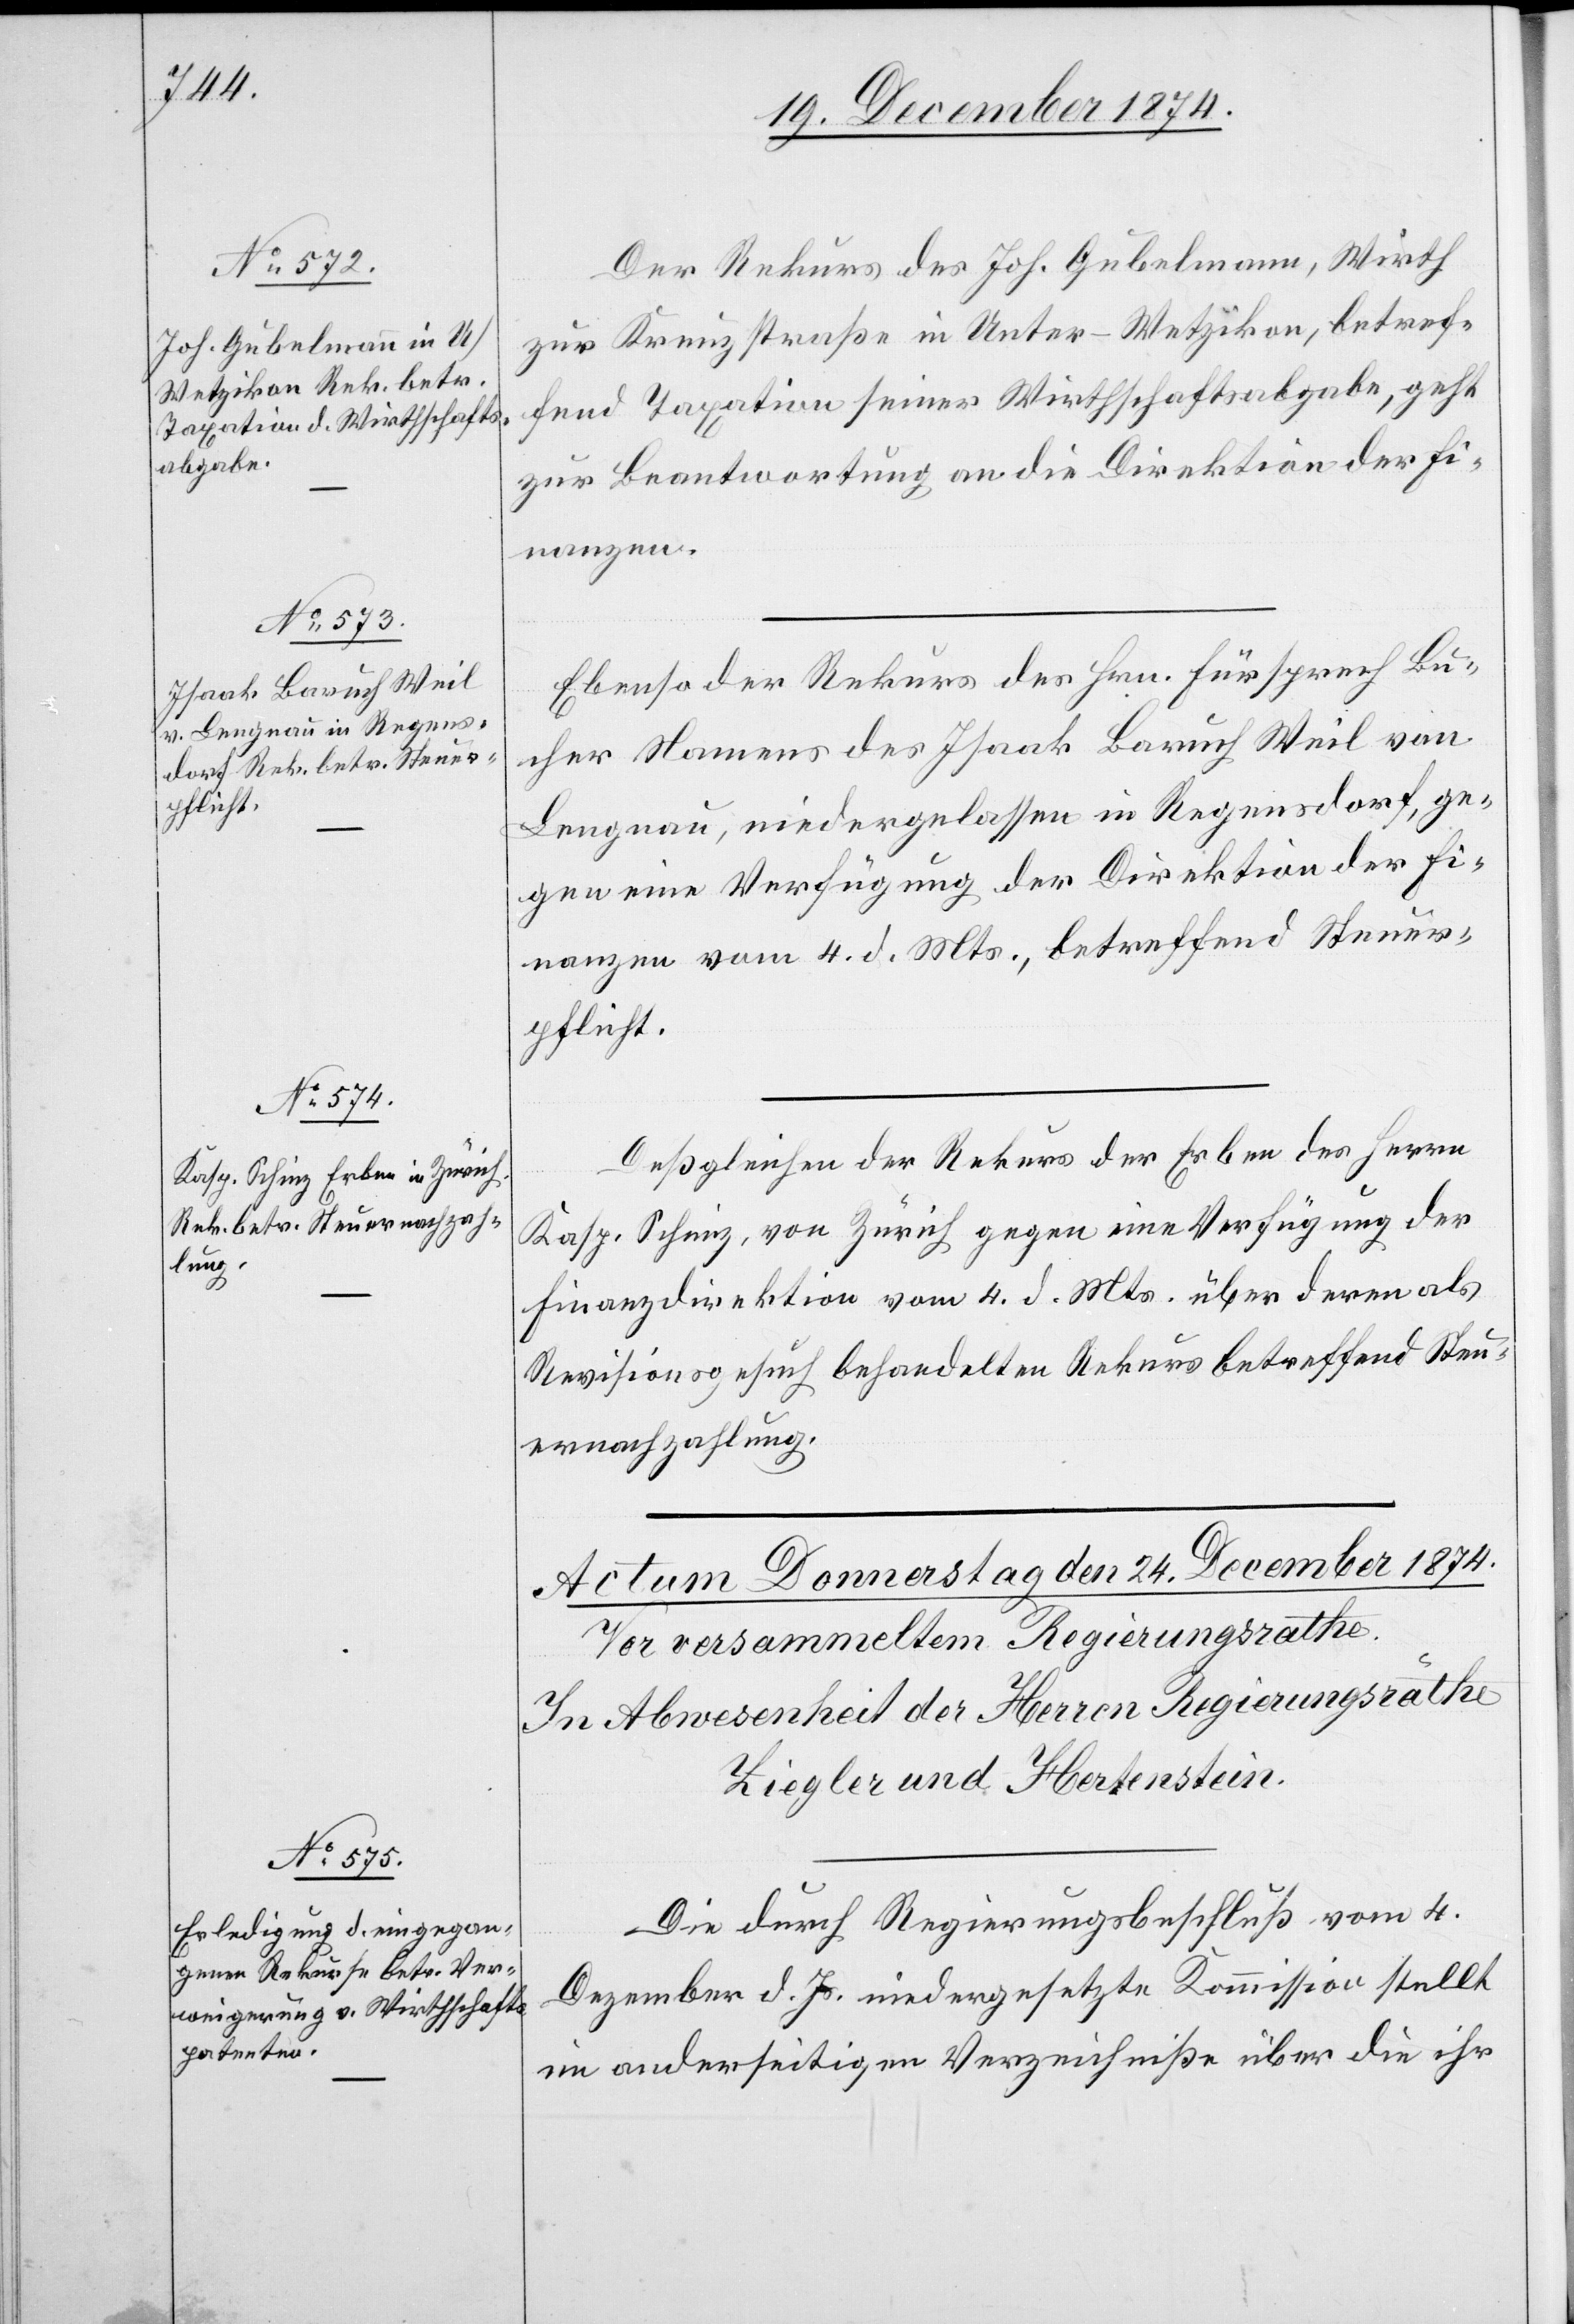
23. December 1874.]
Der Rekurs des Joh. Gubelmann, Wirth
zur Kreuzstraße in Unter-Wetzikon, betref¬
fend Taxation seiner Wirthschaftsabgabe, geht
zur Beantwortung an die Direktion der Fi¬
nanzen.
Ebenso der Rekurs des Hrn. Fürsprech Bü¬
cher Namens des Isaak Baruch Weil von
Lengnau, niedergelassen in Regensdorf, ge¬
gen eine Verfügung der Direktion der Fi¬
nanzen vom 4. d. Mts., betreffend Steuer¬
pflicht.
Deßgleichen der Rekurs der Erben des Herrn
Kasp. Schinz, von Zürich gegen eine Verfügung der
Finanzdirektion vom 4. d. Mts. über deren als
Revisionsgesuch behandelten Rekurs betreffend Steu¬
ernachzahlung.
Die durch Regierungsbeschluß vom 4.
Dezember d. Js. niedergesetzte Kommission stellt
in anderseitigem Verzeichniße über die ihr